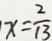
x = \frac { 2 } { 1 3 }